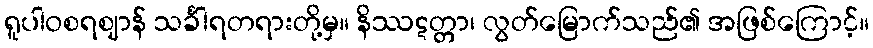
ရူပါဝစရဈာန် သင်္ခါရတရားတို့မှ။ နိဿဋတ္တာ၊ လွတ်မြောက်သည်၏ အဖြစ်ကြောင့်။